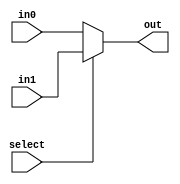
module mux_2to1_5bit
(
    input select,
    input [4:0]in0,
    input [4:0]in1,

    output [4:0]out

);

  assign out = (select) ? in1: in0;
  
endmodule